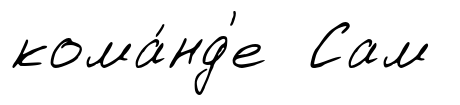
кома́нд'е Сам